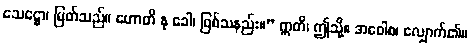
သေဋ္ဌော၊ မြတ်သည်။ ဟောတိ နု ခေါ၊ ဖြစ်သနည်း။” ဣတိ၊ ဤသို့။ အဝေါစ၊ လျှောက်၏။